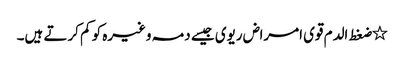
٭ضغط الدم قوی امراض ریوی جیسے دمہ وغیرہ کو کم کرتے ہیں۔